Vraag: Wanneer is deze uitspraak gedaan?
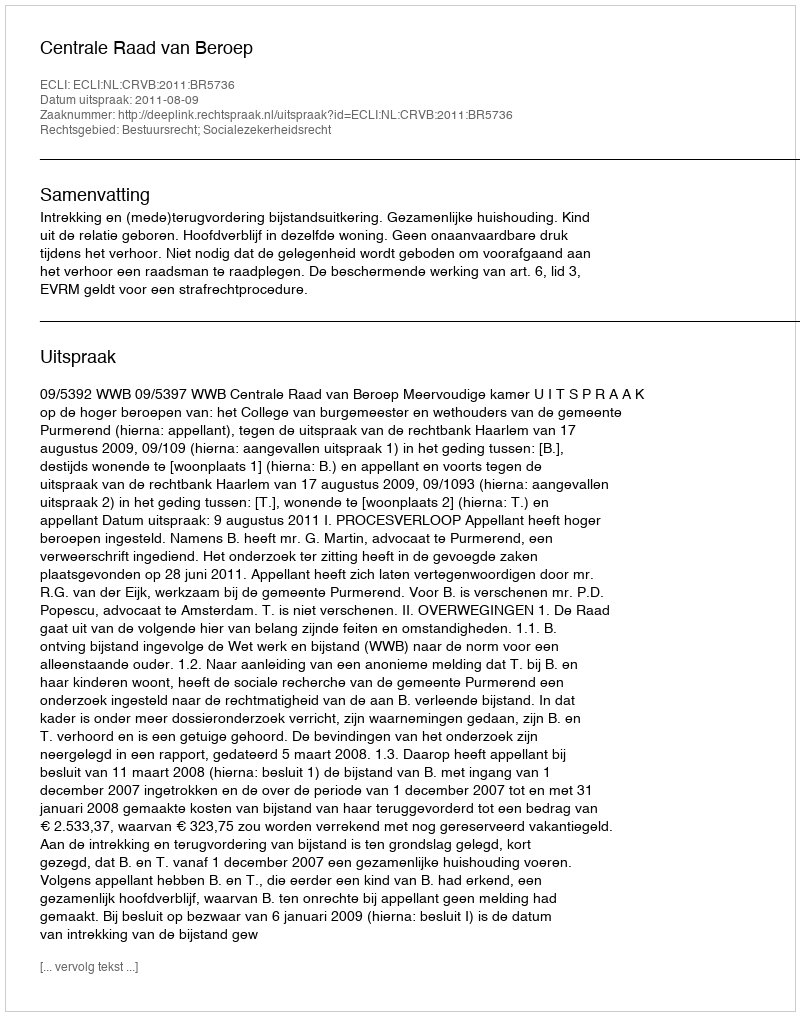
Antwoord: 2011-08-09